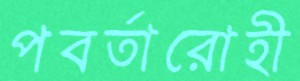
পবর্তারোহী